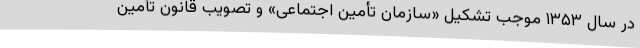
در سال ۱۳۵۳ موجب تشکیل «سازمان تأمین اجتماعی» و تصویب قانون تأمین